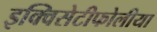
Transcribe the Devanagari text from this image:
इक्विसेटीफोलीया